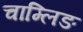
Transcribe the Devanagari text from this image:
चाम्लिङ